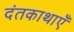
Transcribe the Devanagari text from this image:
दंतकाथाएँ